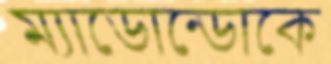
ম্যাডোন্ডোকে